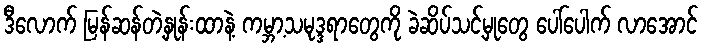
ဒီလောက် မြန်ဆန်တဲ့နှုန်းထာနဲ့ ကမ္ဘာ့သမုဒ္ဒရာတွေကို ခဲဆိပ်သင့်မှုတွေ ပေါ်ပေါက် လာအောင်